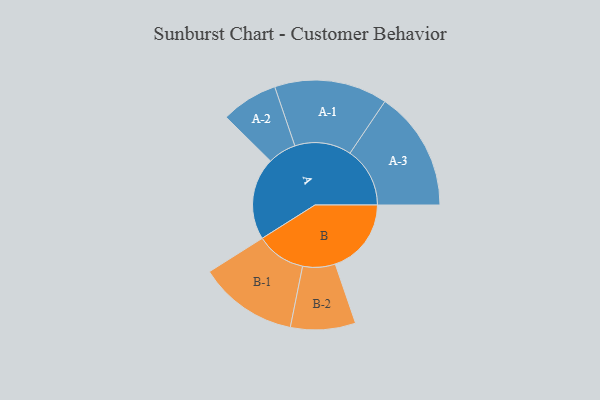
{"axis": {"x": "Segment", "y": "Value"}, "legend": ["", "A", "B"], "data": [{"x": "A", "y": 342, "type": ""}, {"x": "B", "y": 316, "type": ""}, {"x": "A-1", "y": 235, "type": "A"}, {"x": "A-2", "y": 118, "type": "A"}, {"x": "A-3", "y": 249, "type": "A"}, {"x": "B-1", "y": 206, "type": "B"}, {"x": "B-2", "y": 135, "type": "B"}]}